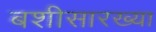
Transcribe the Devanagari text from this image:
बशीसारख्या